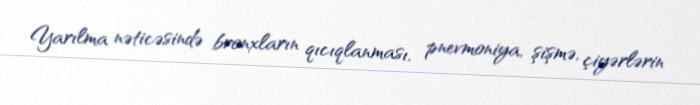
Yarılma nəticəsində bronxların qıcıqlanması, pnevmoniya, şişmə, çiyərlərin